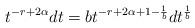
LaTeX: \begin{align*}t^{-r+2\alpha} dt = b t^{-r+2\alpha+1-\frac{1}{b}} d t^{\frac{1}{b}}\end{align*}